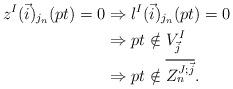
LaTeX: \begin{align*}z^I(\vec{i})_{j_n}(pt) = 0 & \Rightarrow l^I(\vec{i})_{j_n}(pt) = 0\\& \Rightarrow pt \notin V^I_{\vec{j}} \\& \Rightarrow pt \notin \overline{Z_n^{J;\vec{j}}}.\end{align*}